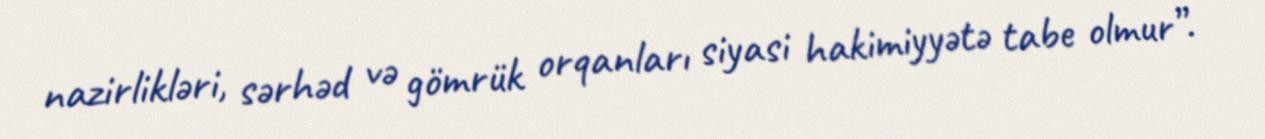
nazirlikləri, sərhəd və gömrük orqanları siyasi hakimiyyətə tabe olmur”.